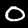
Label: 0